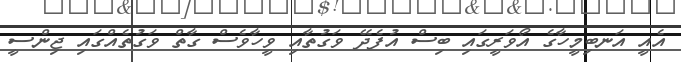
އެއީ އަނބިމީހާގެ އޯވަރީގައި ބިސް އުފެދޭ ވަގުތާއި ވީހާވެސް ގާތް ވަގުތެއްގައި ޖިންސީ